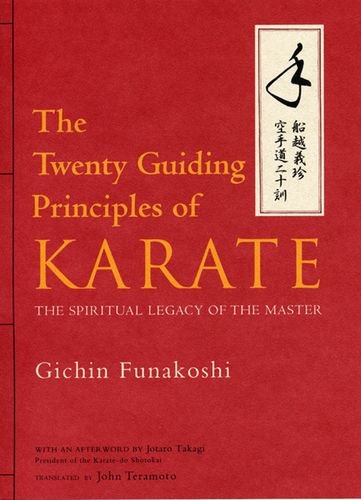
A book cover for The Twenty Guiding Principles of Karate: The Spiritual Legacy of the Master; Gichin Funakoshi; Sports & Outdoors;